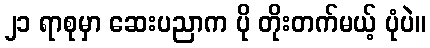
၂၁ ရာစုမှာ ဆေးပညာက ပို တိုးတက်မယ့် ပုံပဲ။